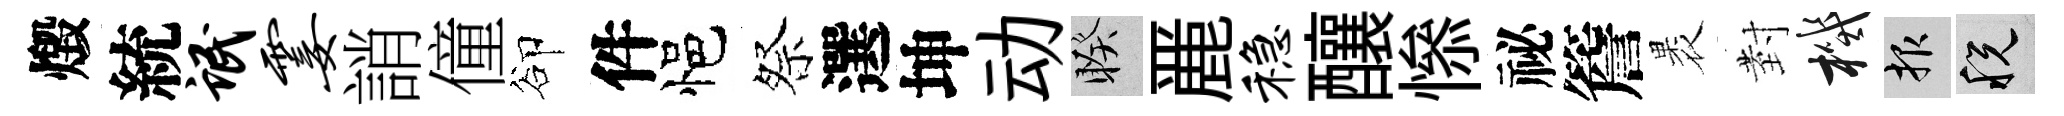
燬統氓霎誚僮卻件悒祭選坤动睽䴡稳釀𢡖祕簷褁𭔹機報税